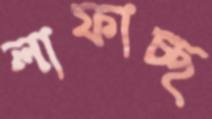
লাফাচ্ছ